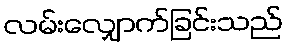
လမ်းလျှောက်ခြင်းသည်